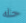
حله